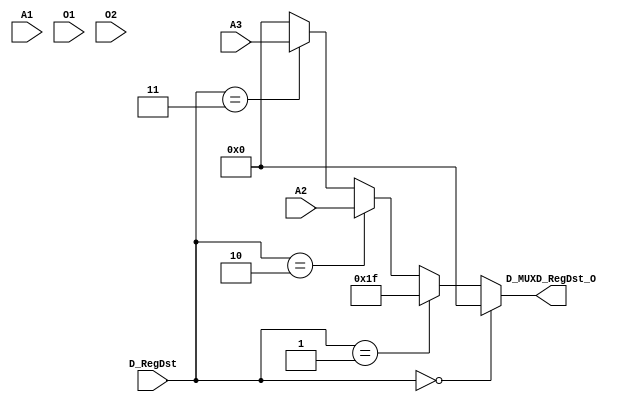
`timescale 1ns / 1ps
//////////////////////////////////////////////////////////////////////////////////
// Company: 
// Engineer: 
// 
// Design Name: 
// Module Name:    MUXD_RegDst 
// Project Name: 
// Target Devices: 
// Tool versions: 
// Description: 
//
// Dependencies: 
//
// Revision: 
// Revision 0.01 - File Created
// Additional Comments: 
//
//////////////////////////////////////////////////////////////////////////////////
module MUXD_RegDst(
    input [4:0] A1,
    input [4:0] A2,
    input [4:0] A3,
    input [3:0] D_RegDst,
	 input [4:0] O1,
	 input [4:0] O2,
    output reg [4:0] D_MUXD_RegDst_O
    );
	 initial begin
		D_MUXD_RegDst_O = 5'b00000;
	 end
	 always@(*) begin
		if (D_RegDst == 4'b0000) begin
			D_MUXD_RegDst_O = 5'b00000;
		end
		else if (D_RegDst == 4'b0001) begin
			D_MUXD_RegDst_O = 5'b11111;
		end
		else if (D_RegDst == 4'b0010) begin
			D_MUXD_RegDst_O = A2;
		end
		else if (D_RegDst == 4'b0011) begin
			D_MUXD_RegDst_O = A3;
		end
		else begin
			D_MUXD_RegDst_O = 5'b00000;
		end
	 end

endmodule